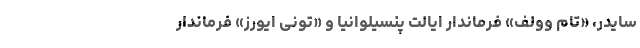
سایدر، «تام وولف» فرماندار ایالت پنسیلوانیا و «تونی ایورز» فرماندار